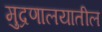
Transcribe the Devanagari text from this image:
मुद्रणालयातील